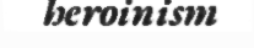
heroinism